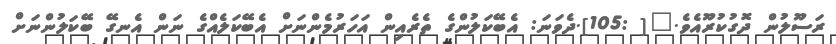
ރަސޫލުން ދޮގުކުރޫއެވެ."[ :105].ދެވަނަ: އެބޭކަލުންގެ ތެރެއިން އަހަރުމެންނަށް އެބޭކަލެއްގެ ނަން އެނގޭ ބޭކަލުންނަށް